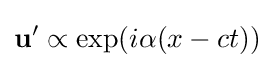
\mathbf {u} '\propto \exp(i\alpha (x-ct))